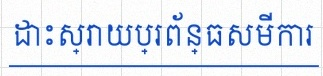
ដោះស្រាយប្រព័ន្ធសមីការ